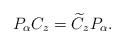
LaTeX: \begin{align*}P_\alpha C_z = \widetilde{C}_z P_\alpha.\end{align*}